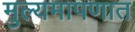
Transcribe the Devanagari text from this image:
मुल्यमापणात